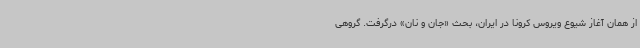
از همان آغاز شیوع ویروس کرونا در ایران، بحث «جان و نان» درگرفت. گروهی